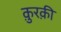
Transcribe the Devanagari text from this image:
क़ुरक़ी